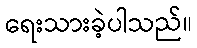
ရေးသားခဲ့ပါသည်။